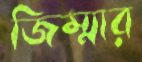
জিম্মার